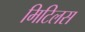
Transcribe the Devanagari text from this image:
मिटिलस